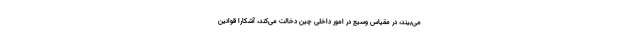
می‌‌بیند، در مقیاس وسیع در امور داخلی چین دخالت می‌کند، آشکارا قوانین